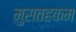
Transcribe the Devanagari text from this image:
मुसतहकम